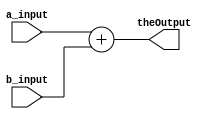
`timescale 1ns / 1ps
module FourBitAdder (
    input [4:0]a_input,
    input [4:0]b_input,
    output [4:0]theOutput
);

    assign theOutput = a_input + b_input;



endmodule